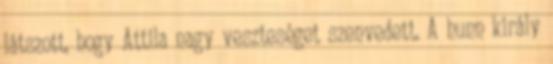
látszott, hogy Attila nagy veszteséget szenvedett. A hunn király